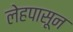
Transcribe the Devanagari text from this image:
लेहपासून